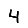
Digit: 4